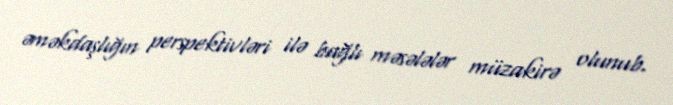
əməkdaşlığın perspektivləri ilə bağlı məsələlər müzakirə olunub.